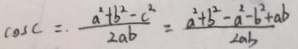
\cos C = \frac { a ^ { 2 } + b ^ { 2 } - c ^ { 2 } } { 2 a b } = \frac { a ^ { 2 } + b ^ { 2 } - a ^ { 2 } - b ^ { 2 } + a b } { 2 a b }